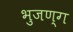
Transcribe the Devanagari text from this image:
भुजण्ग